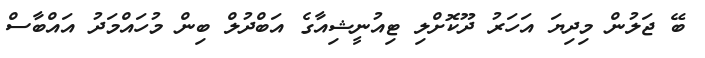
ބޭ ޖަލުން މިދިޔަ އަހަރު ދޫކޮށްލި ޓިއުނީޝިއާގެ އަބްދުލް ބިން މުހައްމަދު އައްބާސް